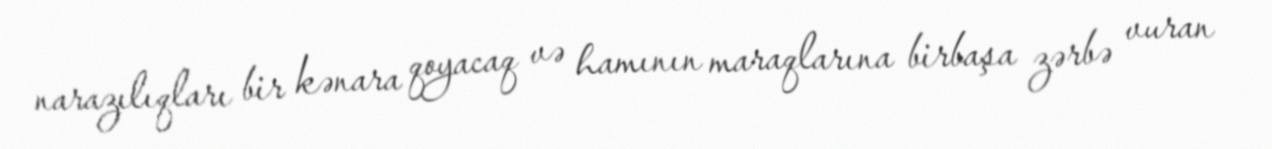
narazılıqları bir kənara qoyacaq və hamının maraqlarına birbaşa zərbə vuran